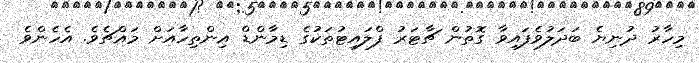
މިހާރު ދުނިޔެ ބަދަލުވެފައިވާ ގޮތުން ޗާޓަރު ފްލައިޓުތަކުގެ ޑިމާންޑް އިންތިހާއަށް މައްޗެވެ. އެހެންވެ